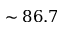
\sim 8 6 . 7